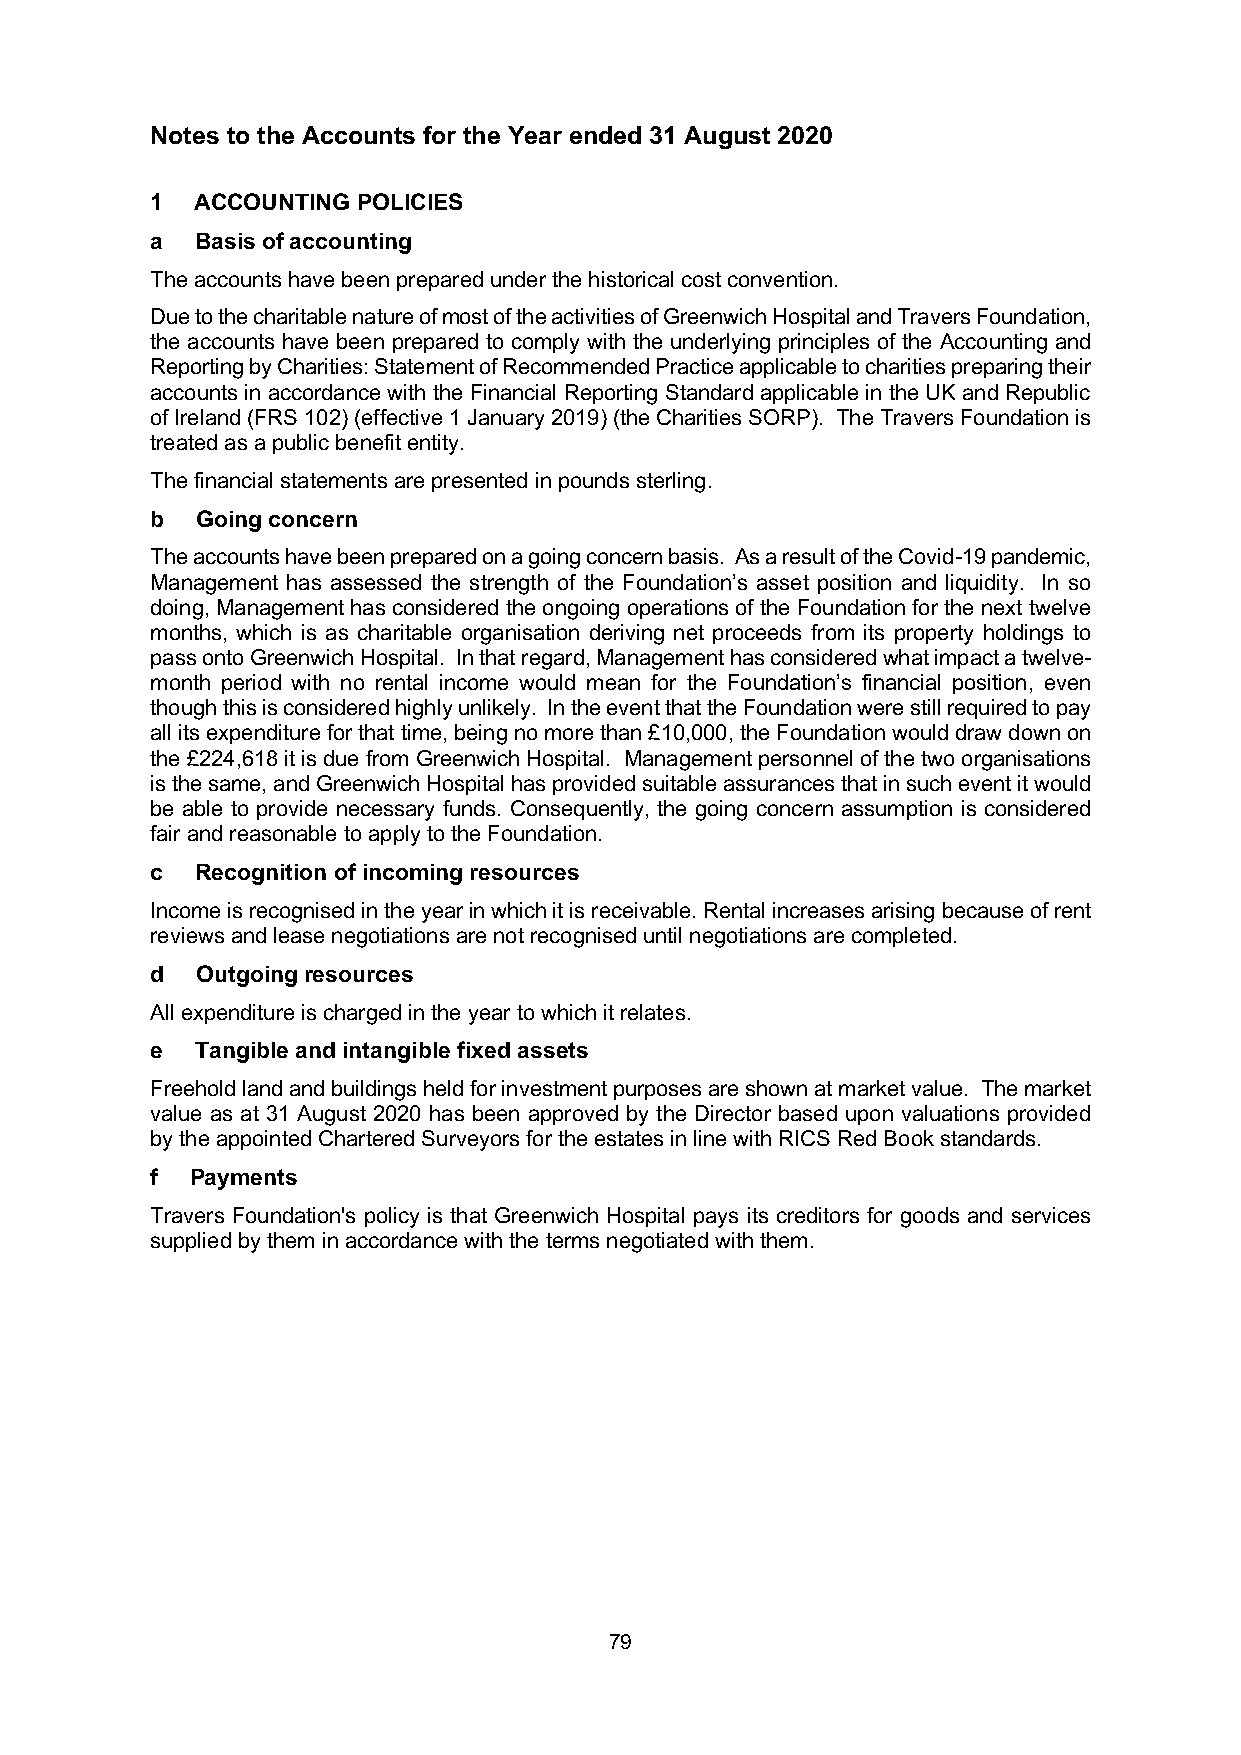
Notes to the Accounts for the Year ended 31 August 2020
 1  ACCOUNTING POLICIES
 a  Basis of accounting
 The accounts have been prepared under the historical cost convention.
 Due to the charitable nature of most of the activities of Greenwich Hospital and Travers Foundation,
 the accounts have been prepared to comply with the underlying principles of the Accounting and
 Reporting by Charities: Statement of Recommended Practice applicable to charities preparing their
 accounts in accordance with the Financial Reporting Standard applicable in the UK and Republic
 of Ireland (FRS 102) (effective 1 January 2019) (the Charities SORP). The Travers Foundation is
 treated as a public benefit entity.
 The financial statements are presented in pounds sterling.
 b  Going concern
 The accounts have been prepared on a going concern basis. As a result of the Covid-19 pandemic,
 Management has assessed the strength of the Foundation’s asset position and liquidity. In so
 doing, Management has considered the ongoing operations of the Foundation for the next twelve
 months, which is as charitable organisation deriving net proceeds from its property holdings to
 pass onto Greenwich Hospital. In that regard, Management has considered what impact a twelve-
 month period with no rental income would mean for the Foundation’s financial position, even
 though this is considered highly unlikely. In the event that the Foundation were still required to pay
 all its expenditure for that time, being no more than £10,000, the Foundation would draw down on
 the £224,618 it is due from Greenwich Hospital. Management personnel of the two organisations
 is the same, and Greenwich Hospital has provided suitable assurances that in such event it would
 be able to provide necessary funds. Consequently, the going concern assumption is considered
 fair and reasonable to apply to the Foundation.
 c  Recognition of incoming resources
 Income is recognised in the year in which it is receivable. Rental increases arising because of rent
 reviews and lease negotiations are not recognised until negotiations are completed.
 d  Outgoing resources
 All expenditure is charged in the year to which it relates.
 e  Tangible and intangible fixed assets
 Freehold land and buildings held for investment purposes are shown at market value. The market
 value as at 31 August 2020 has been approved by the Director based upon valuations provided
 by the appointed Chartered Surveyors for the estates in line with RICS Red Book standards.
 f  Payments
 Travers Foundation's policy is that Greenwich Hospital pays its creditors for goods and services
 supplied by them in accordance with the terms negotiated with them.
 79